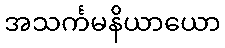
အသင်္ကမနိယာယော